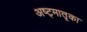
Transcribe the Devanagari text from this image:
अष्ट्मातृका